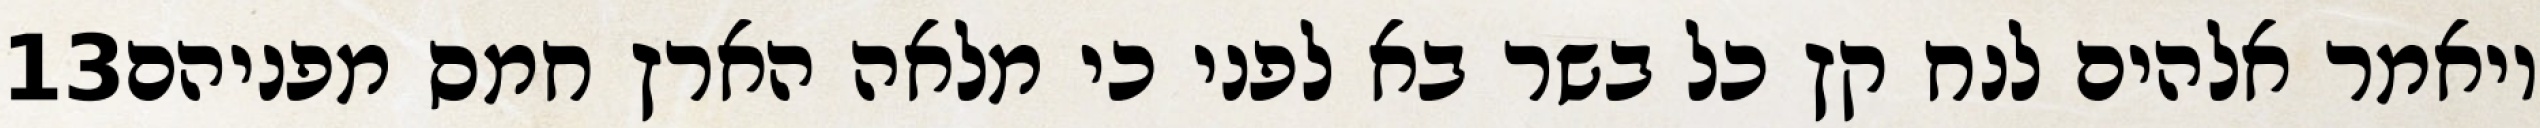
‎13‏ ויאמר אלהים לנח קץ כל בשר בא לפני כי מלאה הארץ חמס מפניהם